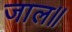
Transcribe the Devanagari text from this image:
जाल॥